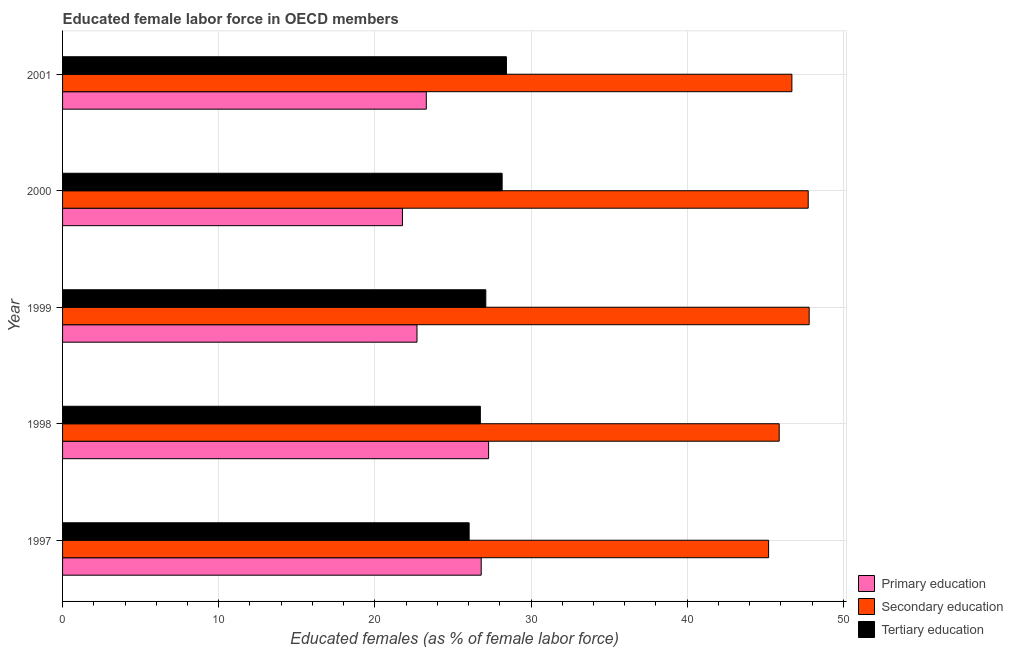
| Year | Primary education | Secondary education | Tertiary education |
 | --- | --- | --- | --- |
 | 1997 | 26.8 | 45.2 | 26 |
 | 1998 | 27.3 | 45.9 | 26.8 |
 | 1999 | 22.7 | 47.8 | 27.1 |
 | 2000 | 21.8 | 47.7 | 28.1 |
 | 2001 | 23.3 | 46.7 | 28.4 |